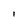
Character: I